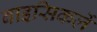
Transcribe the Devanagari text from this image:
बाइसिकलें